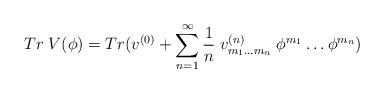
LaTeX: \begin{align*}Tr \; V(\phi ) = Tr (v^{(0)} + \sum_{n=1}^{\infty} \frac{1}{n} \; v^{(n)}_{m_{1} \ldots m_{n}} \; \phi^{m_{1}} \ldots \phi^ {m_{n}} ) \end{align*}